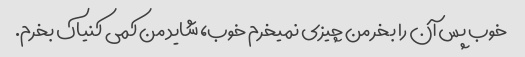
خوب پس آن را بخر من چیزی نمیخرم خوب، شاید من کمی کنیاک بخرم.